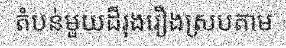
តំបន់មួយដ៏រុងរឿងស្របតាម